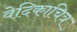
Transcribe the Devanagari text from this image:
वेदिकाचित्र